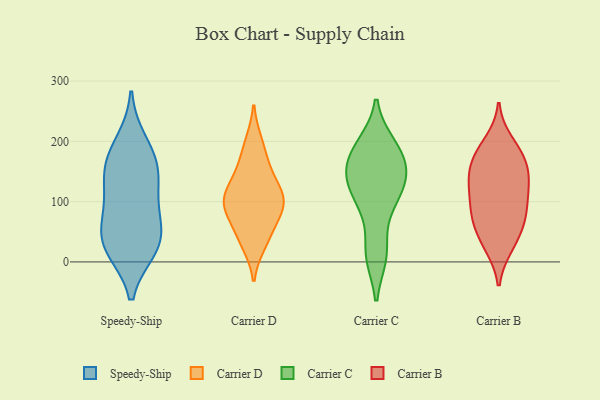
{"axis": {"x": "Satisfaction Score", "y": "Value"}, "legend": ["Carrier B", "Carrier C", "Carrier D", "Speedy-Ship"], "data": [{"x": "", "y": 167, "type": "Speedy-Ship"}, {"x": "", "y": 94, "type": "Speedy-Ship"}, {"x": "", "y": 67, "type": "Speedy-Ship"}, {"x": "", "y": 45, "type": "Speedy-Ship"}, {"x": "", "y": 146, "type": "Speedy-Ship"}, {"x": "", "y": 24, "type": "Speedy-Ship"}, {"x": "", "y": 198, "type": "Speedy-Ship"}, {"x": "", "y": 163, "type": "Speedy-Ship"}, {"x": "", "y": 29, "type": "Speedy-Ship"}, {"x": "", "y": 22, "type": "Speedy-Ship"}, {"x": "", "y": 120, "type": "Speedy-Ship"}, {"x": "", "y": 77, "type": "Carrier D"}, {"x": "", "y": 162, "type": "Carrier D"}, {"x": "", "y": 98, "type": "Carrier D"}, {"x": "", "y": 198, "type": "Carrier D"}, {"x": "", "y": 46, "type": "Carrier D"}, {"x": "", "y": 106, "type": "Carrier D"}, {"x": "", "y": 30, "type": "Carrier D"}, {"x": "", "y": 112, "type": "Carrier D"}, {"x": "", "y": 139, "type": "Carrier D"}, {"x": "", "y": 92, "type": "Carrier D"}, {"x": "", "y": 194, "type": "Carrier C"}, {"x": "", "y": 145, "type": "Carrier C"}, {"x": "", "y": 171, "type": "Carrier C"}, {"x": "", "y": 84, "type": "Carrier C"}, {"x": "", "y": 135, "type": "Carrier C"}, {"x": "", "y": 163, "type": "Carrier C"}, {"x": "", "y": 11, "type": "Carrier C"}, {"x": "", "y": 119, "type": "Carrier C"}, {"x": "", "y": 191, "type": "Carrier C"}, {"x": "", "y": 13, "type": "Carrier C"}, {"x": "", "y": 116, "type": "Carrier C"}, {"x": "", "y": 92, "type": "Carrier B"}, {"x": "", "y": 155, "type": "Carrier B"}, {"x": "", "y": 66, "type": "Carrier B"}, {"x": "", "y": 133, "type": "Carrier B"}, {"x": "", "y": 89, "type": "Carrier B"}, {"x": "", "y": 183, "type": "Carrier B"}, {"x": "", "y": 47, "type": "Carrier B"}, {"x": "", "y": 125, "type": "Carrier B"}, {"x": "", "y": 78, "type": "Carrier B"}, {"x": "", "y": 26, "type": "Carrier B"}, {"x": "", "y": 120, "type": "Carrier B"}, {"x": "", "y": 69, "type": "Carrier B"}, {"x": "", "y": 158, "type": "Carrier B"}, {"x": "", "y": 164, "type": "Carrier B"}, {"x": "", "y": 199, "type": "Carrier B"}, {"x": "", "y": 26, "type": "Carrier B"}, {"x": "", "y": 183, "type": "Carrier B"}, {"x": "", "y": 128, "type": "Carrier B"}]}